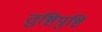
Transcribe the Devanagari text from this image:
तुष्टिपुष्टि